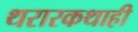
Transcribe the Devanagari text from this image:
थरारकथाही